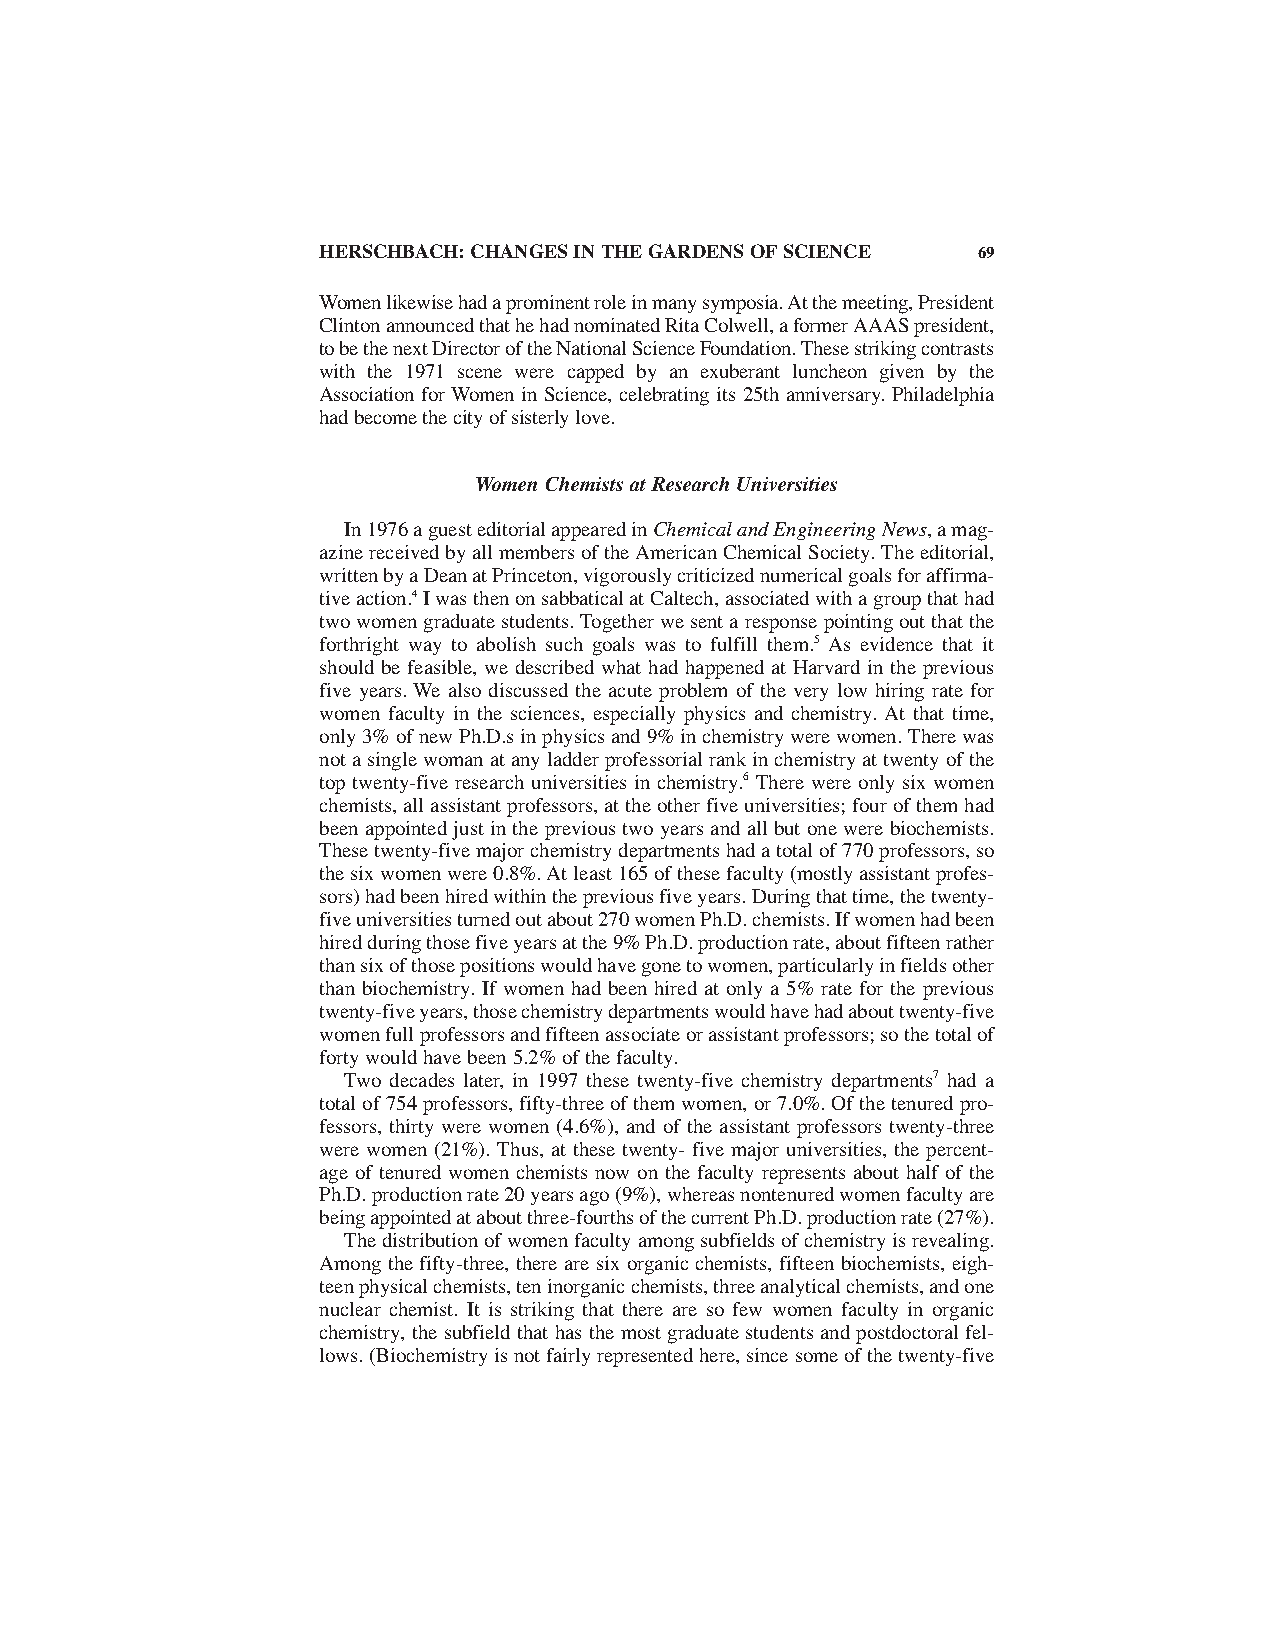
HERSCHBACH:CHANGES IN THE GARDENS OF SCIENCE 69
 Women likewise had a prominent role in many symposia. At the meeting,President
 Clinton announced that he had nominated Rita Colwell,a former AAAS president,
 to be the next Director of the National Science Foundation. These striking contrasts
 with the 1971 scene were capped by an exuberant luncheon given by the
 Association for Women in Science, celebrating its 25th anniversary. Philadelphia
 had become the city of sisterly love.
 Women Chemists at Research Universities
 In 1976 a guest editorial appeared in Chemical and Engineering News,a mag-
 azine received by all members of the American Chemical Society. The editorial,
 written by a Dean at Princeton,vigorously criticized numerical goals for affirma-
 tive action.4I was then on sabbatical at Caltech,associated with a group that had
 two women graduate students. Together we sent a response pointing out that the
 forthright way to abolish such goals was to fulfill them.5 As evidence that it
 should be feasible, we described what had happened at Harvard in the previous
 five years. We also discussed the acute problem of the very low hiring rate for
 women faculty in the sciences, especially physics and chemistry. At that time,
 only 3% of new Ph.D.s in physics and 9% in chemistry were women. There was
 not a single woman at any ladder professorial rank in chemistry at twenty of the
 top twenty-five research universities in chemistry.6 There were only six women
 chemists,all assistant professors,at the other five universities; four of them had
 been appointed just in the previous two years and all but one were biochemists.
 These twenty-five major chemistry departments had a total of 770 professors,so
 the six women were 0.8%. At least 165 of these faculty (mostly assistant profes-
 sors) had been hired within the previous five years. During that time,the twenty-
 five universities turned out about 270 women Ph.D. chemists. If women had been
 hired during those five years at the 9% Ph.D. production rate,about fifteen rather
 than six of those positions would have gone to women,particularly in fields other
 than biochemistry. If women had been hired at only a 5% rate for the previous
 twenty-five years,those chemistry departments would have had about twenty-five
 women full professors and fifteen associate or assistant professors; so the total of
 forty would have been 5.2% of the faculty.
 Two decades later, in 1997 these twenty-five chemistry departments7 had a
 total of 754 professors,fifty-three of them women,or 7.0%. Of the tenured pro-
 fessors, thirty were women (4.6%), and of the assistant professors twenty-three
 were women (21%). Thus, at these twenty- five major universities, the percent-
 age of tenured women chemists now on the faculty represents about half of the
 Ph.D. production rate 20 years ago (9%),whereas nontenured women faculty are
 being appointed at about three-fourths of the current Ph.D. production rate (27%).
 The distribution of women faculty among subfields of chemistry is revealing.
 Among the fifty-three, there are six organic chemists, fifteen biochemists, eigh-
 teen physical chemists,ten inorganic chemists,three analytical chemists,and one
 nuclear chemist. It is striking that there are so few women faculty in organic
 chemistry, the subfield that has the most graduate students and postdoctoral fel-
 lows. (Biochemistry is not fairly represented here,since some of the twenty-five